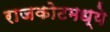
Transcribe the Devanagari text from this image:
राजकोटमध्ये